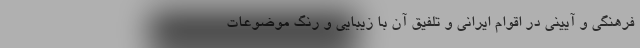
فرهنگی و آیینی در اقوام ایرانی و تلفیق آن با زیبایی و رنگ موضوعات